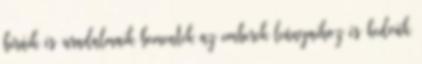
bíráik és uradalmaik bementek az emberek leányaihoz és kedvük